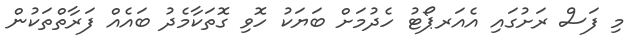
މި ފަސް ރަށުގައި އެއަރޕޯޓު ހެދުމަށް ބަޔަކު ހޮވި ގޮތަކާމެދު ބައެއް ފަރާތްތަކުން